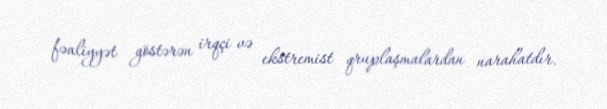
fəaliyyət göstərən irqçi və ekstremist qruplaşmalardan narahatdır.